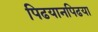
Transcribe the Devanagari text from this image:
पिढयानपिढया